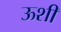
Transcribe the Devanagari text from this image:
ऊशी